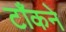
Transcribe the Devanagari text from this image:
टाँकने